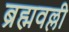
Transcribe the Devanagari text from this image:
ब्रह्मवल्ली